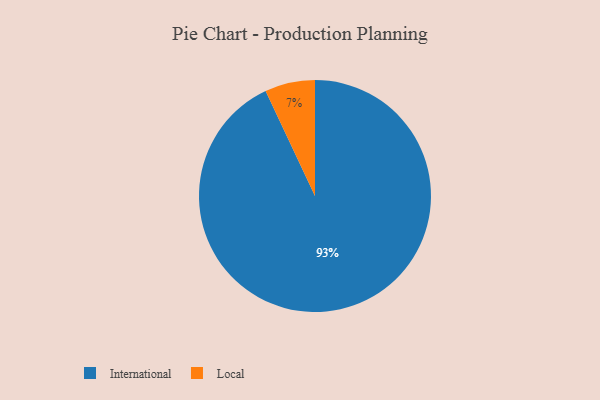
{"axis": {"x": "Category", "y": "Percentage"}, "legend": ["International", "Local"], "data": [{"x": "Local", "y": 7, "type": "Local"}, {"x": "International", "y": 93, "type": "International"}]}